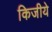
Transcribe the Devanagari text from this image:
किजीये